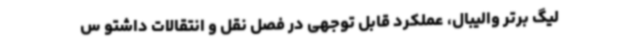
لیگ برتر والیبال، عملکرد قابل توجهی در فصل نقل و انتقالات داشتو س